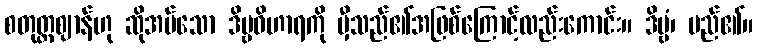
စတုတ္တဈာန်ဟု ဆိုအပ်သော ဒိဗ္ဗဝိဟာရကို မှီသည်၏အဖြစ်ကြောင့်လည်းကောင်း။ ဒိဗ္ဗံ၊ မည်၏။